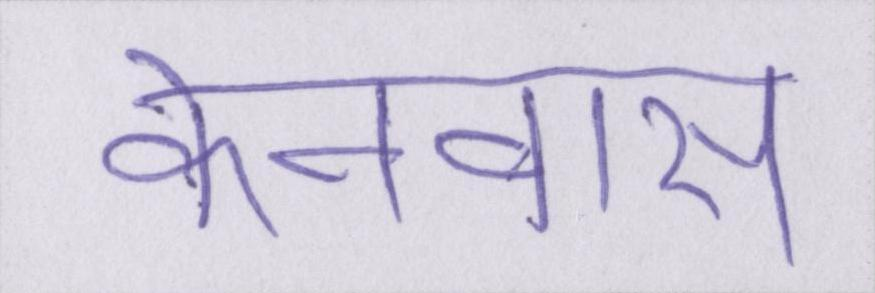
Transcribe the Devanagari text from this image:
केनवास